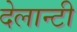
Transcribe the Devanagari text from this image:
देलान्टी